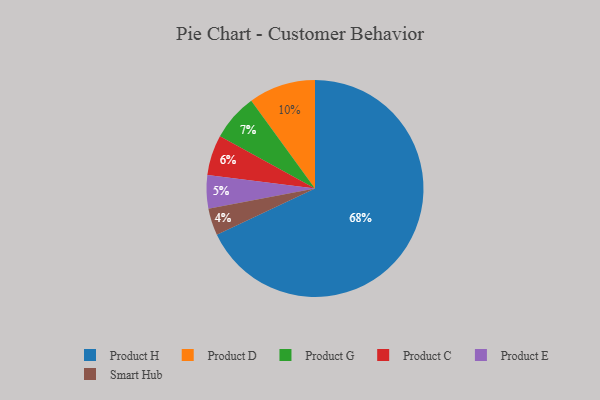
{"axis": {"x": "Category", "y": "Percentage"}, "legend": ["Product C", "Product D", "Product E", "Product G", "Product H", "Smart Hub"], "data": [{"x": "Product H", "y": 68, "type": "Product H"}, {"x": "Product C", "y": 6, "type": "Product C"}, {"x": "Smart Hub", "y": 4, "type": "Smart Hub"}, {"x": "Product G", "y": 7, "type": "Product G"}, {"x": "Product E", "y": 5, "type": "Product E"}, {"x": "Product D", "y": 10, "type": "Product D"}]}